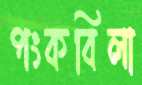
পংকবিলা